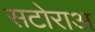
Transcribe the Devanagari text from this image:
सटोराअ